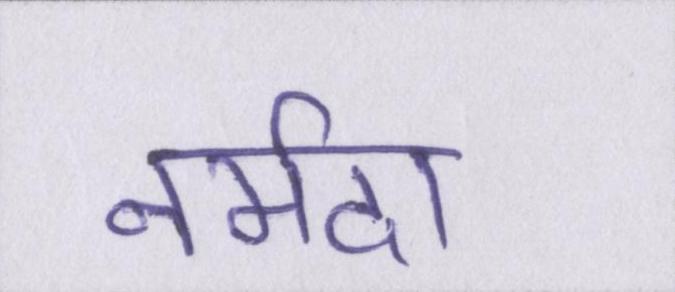
नर्मदा